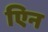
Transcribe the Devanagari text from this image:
एिन